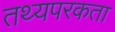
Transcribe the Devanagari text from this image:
तथ्यपरकता